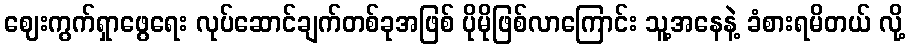
ဈေးကွက်ရှာဖွေရေး လုပ်ဆောင်ချက်တစ်ခုအဖြစ် ပိုမိုဖြစ်လာကြောင်း သူ့အနေနဲ့ ခံစားရမိတယ် လို့